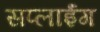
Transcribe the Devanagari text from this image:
सप्लाईंग